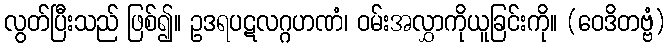
လွတ်ပြီးသည် ဖြစ်၍။ ဥဒရပဋလဂ္ဂဟဏံ၊ ဝမ်းအလွှာကိုယူခြင်းကို။ (ဝေဒိတဗ္ဗံ)